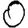
Digit: 0